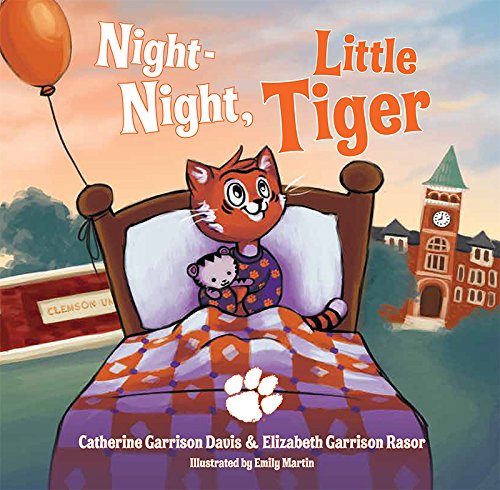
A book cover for Night Night, Little Tiger; Catherine and Garrison Rasor, Elizabeth Garrison Davis; Children's Books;